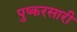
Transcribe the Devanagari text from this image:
पुष्करसारी